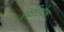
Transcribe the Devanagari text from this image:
किटिवेक